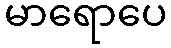
မာရောပေ